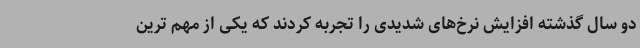
دو سال گذشته افزایش نرخ‌های شدیدی را تجربه کردند که یکی از مهم ترین